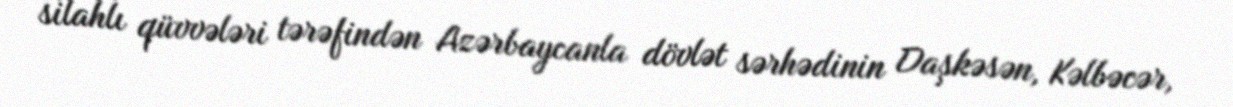
silahlı qüvvələri tərəfindən Azərbaycanla dövlət sərhədinin Daşkəsən, Kəlbəcər,